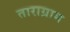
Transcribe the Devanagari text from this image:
ताराग्राम